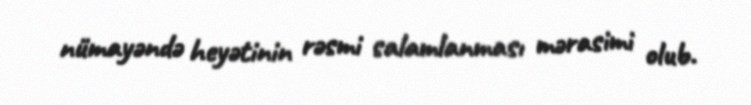
nümayəndə heyətinin rəsmi salamlanması mərasimi olub.